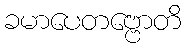
ခမာပေတဗ္ဗောတိ